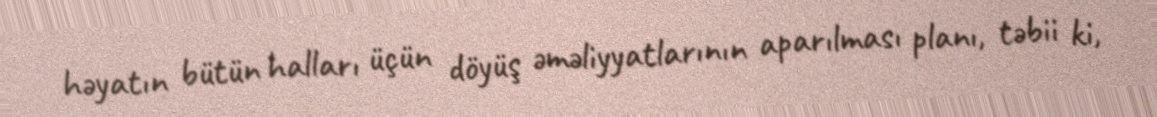
həyatın bütün halları üçün döyüş əməliyyatlarının aparılması planı, təbii ki,